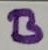
Text: B